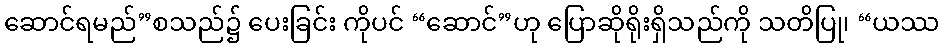
ဆောင်ရမည်”စသည်၌ ပေးခြင်း ကိုပင် “ဆောင်”ဟု ပြောဆိုရိုးရှိသည်ကို သတိပြု၊ “ယဿ